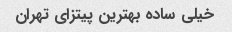
خیلی ساده بهترین پیتزای تهران